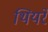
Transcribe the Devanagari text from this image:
थियरे